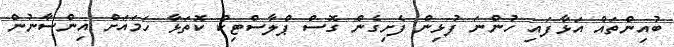
ބުއިންތައް އަޅާފައި ހުންނަ ފުޅިން ފެށިގެން ގޮސް ޕްލާސްޓިކް ކޮތަޅާ ހަމައަށް އިންސާނުން